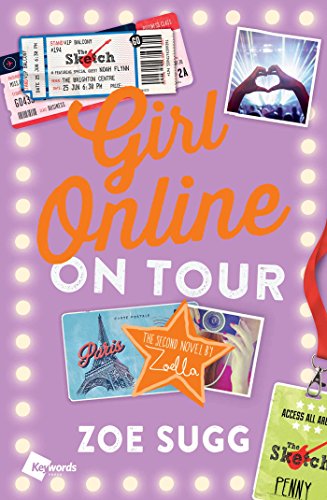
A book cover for Girl Online: On Tour; Zoe Sugg; Teen & Young Adult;